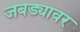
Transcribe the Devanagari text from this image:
जबड्यावर